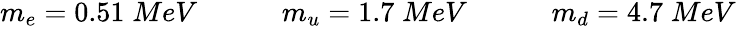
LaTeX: \begin{array}{r}{m_{e}=0.51\; MeV\qquad\quad m_{u}=1.7\; MeV\qquad\quad m_{d}=4.7\; MeV}\end{array}